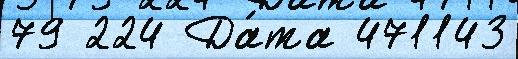
79 224 Да́та 471143